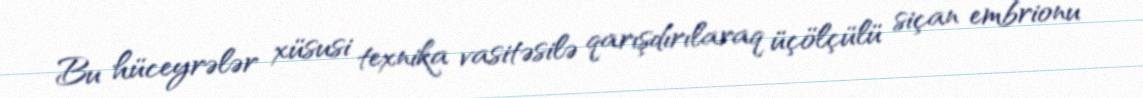
Bu hüceyrələr xüsusi texnika vasitəsilə qarışdırılaraq üçölçülü siçan embrionu